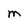
Character: M